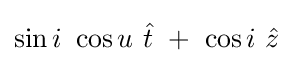
\sin i\ \cos u\ {\hat {t}}\ +\ \cos i\ {\hat {z}}